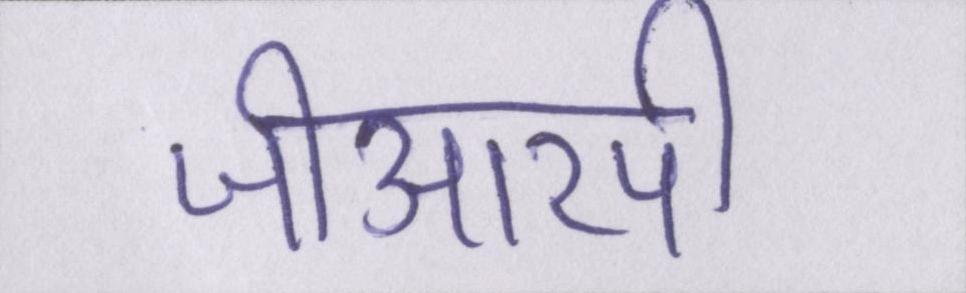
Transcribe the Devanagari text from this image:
जीआरपी